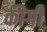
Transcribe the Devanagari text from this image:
कीगी